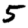
Digit: 5